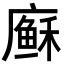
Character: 𢋈